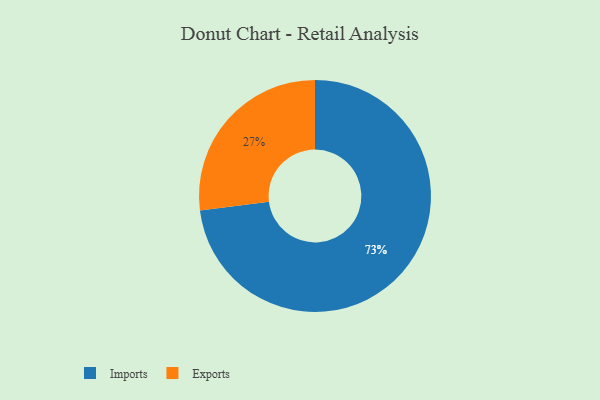
{"axis": {"x": "Category", "y": "Percentage"}, "legend": ["Exports", "Imports"], "data": [{"x": "Exports", "y": 27, "type": "Exports"}, {"x": "Imports", "y": 73, "type": "Imports"}]}